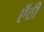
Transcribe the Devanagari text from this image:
ऎंठी